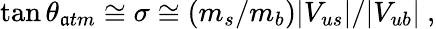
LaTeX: \tan\theta_{\mathfrak{a}tm}\cong\sigma\cong(m_{s}/m_{b})|V_{us}|/|V_{ub}|~,